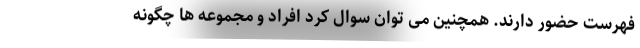
فهرست حضور دارند. همچنین می توان سوال کرد افراد و مجموعه ها چگونه